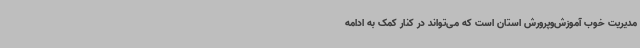
مدیریت خوب آموزش‌وپرورش استان است که می‌تواند در کنار کمک به ادامه